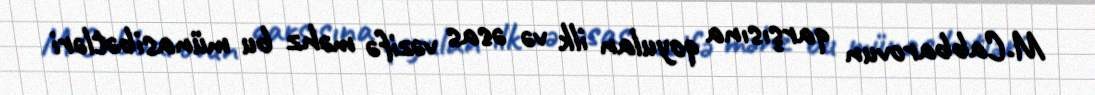
M.Cabbarovun qarşısına qoyulan ilk və əsas vəzifə məhz bu münasibətləri